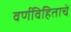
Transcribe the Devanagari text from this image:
वर्णविहिताचें